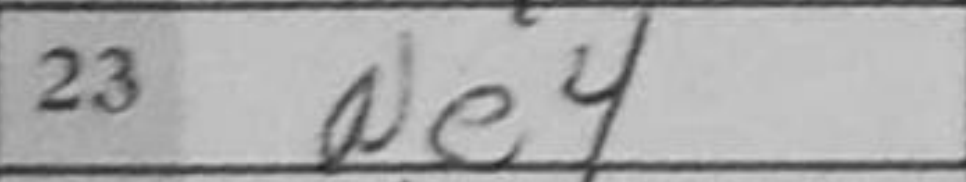
Transcription: Ne4